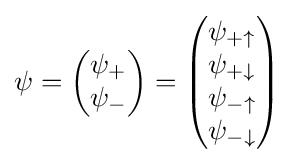
\psi ={\begin{pmatrix}\psi _{+}\\\psi _{-}\end{pmatrix}}={\begin{pmatrix}\psi _{+\uparrow }\\\psi _{+\downarrow }\\\psi _{-\uparrow }\\\psi _{-\downarrow }\end{pmatrix}}